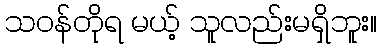
သဝန်တိုရ မယ့် သူလည်းမရှိဘူး။